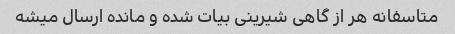
متاسفانه هر از گاهی شیرینی بیات شده و مانده ارسال میشه